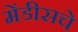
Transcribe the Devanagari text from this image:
मेंडीसचे